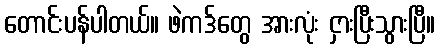
တောင်းပန်ပါတယ်။ ဖဲကဒ်တွေ အားလုံး ငှားပြီးသွားပြီ။